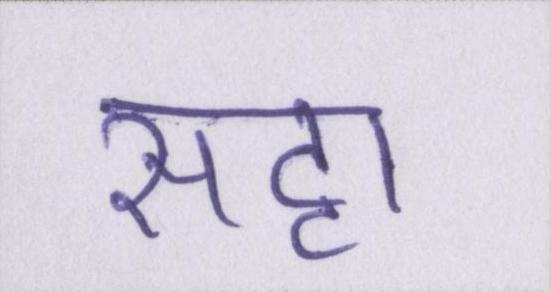
सट्टा